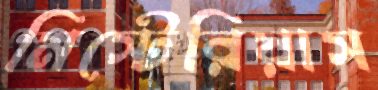
মিস্টেরিয়াস